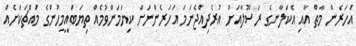
އަހަރެން މާތް އާއި އެކަލާނގެ ރަސޫލާއަށް އުރެދިއްޖެނަމަ އަހަރެންނަށް ކިޔަމަންވުމެއް ތިޔަބައިމީހުންގެ މައްޗަކަށެއް